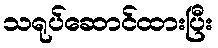
သရုပ်ဆောင်ထားပြီး